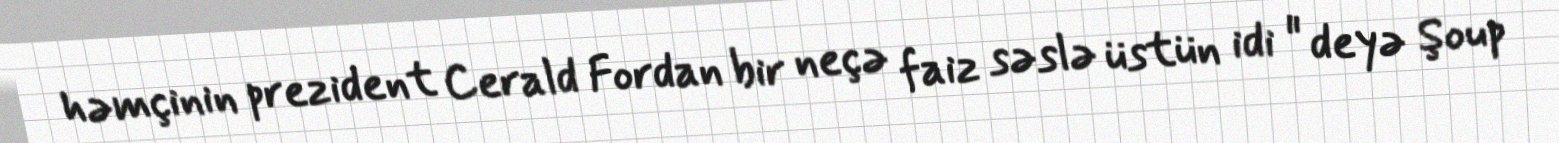
həmçinin prezident Cerald Fordan bir neçə faiz səslə üstün idi " deyə Şoup